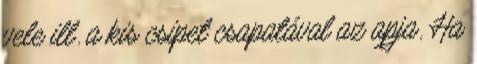
vele ill. a kis csipet csapatával az apja. Ha